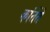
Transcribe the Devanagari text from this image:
कांतेंते